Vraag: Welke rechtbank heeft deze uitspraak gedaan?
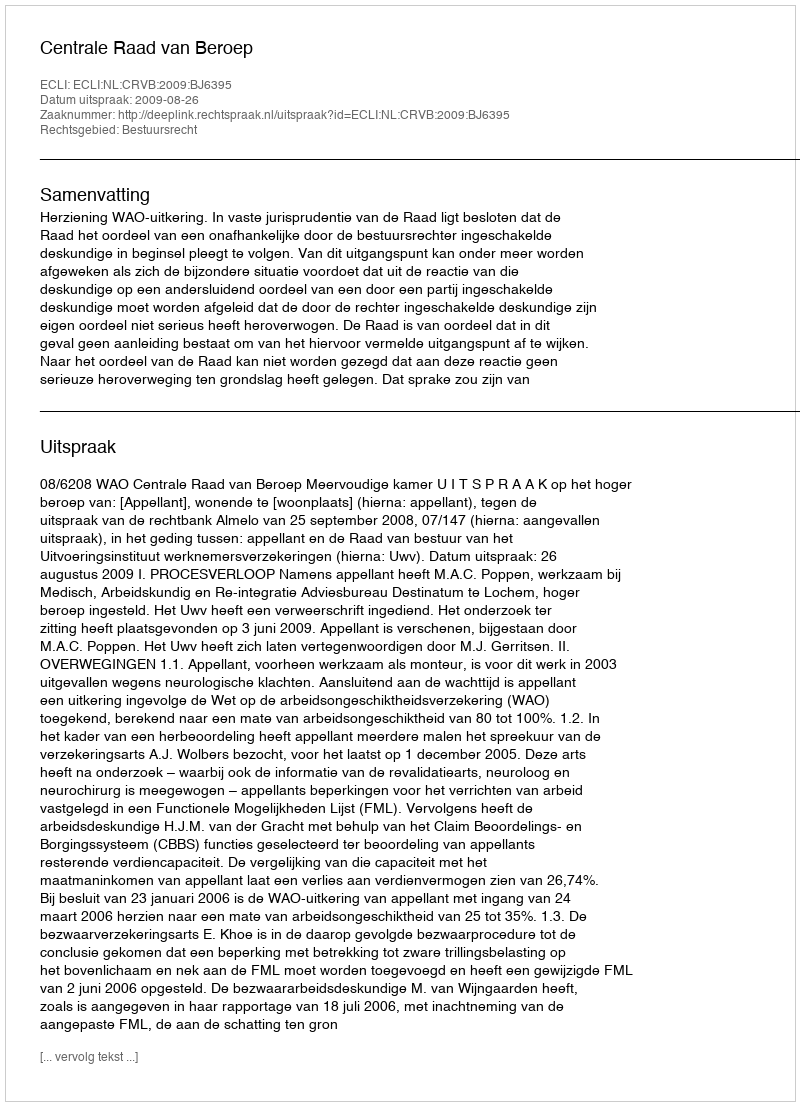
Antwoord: Centrale Raad van Beroep